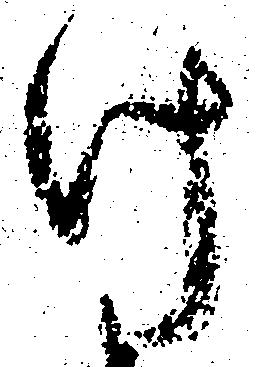
け